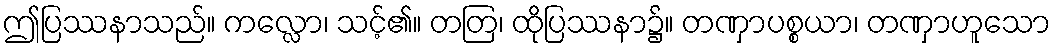
ဤပြဿနာသည်။ ကလ္လော၊ သင့်၏။ တတြ၊ ထိုပြဿနာ၌။ တဏှာပစ္စယာ၊ တဏှာဟူသော